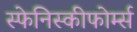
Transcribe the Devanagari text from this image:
स्फेनिस्कीफोर्म्स